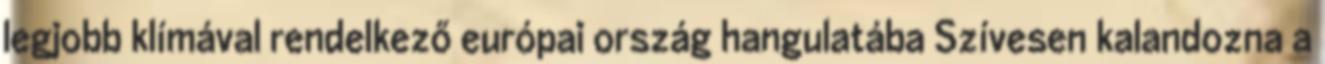
legjobb klímával rendelkező európai ország hangulatába Szívesen kalandozna a